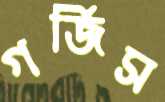
গর্জিস